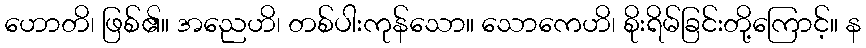
ဟောတိ၊ ဖြစ်၏။ အညေဟိ၊ တစ်ပါးကုန်သော။ သောကေဟိ၊ စိုးရိမ်ခြင်းတို့ကြောင့်။ န